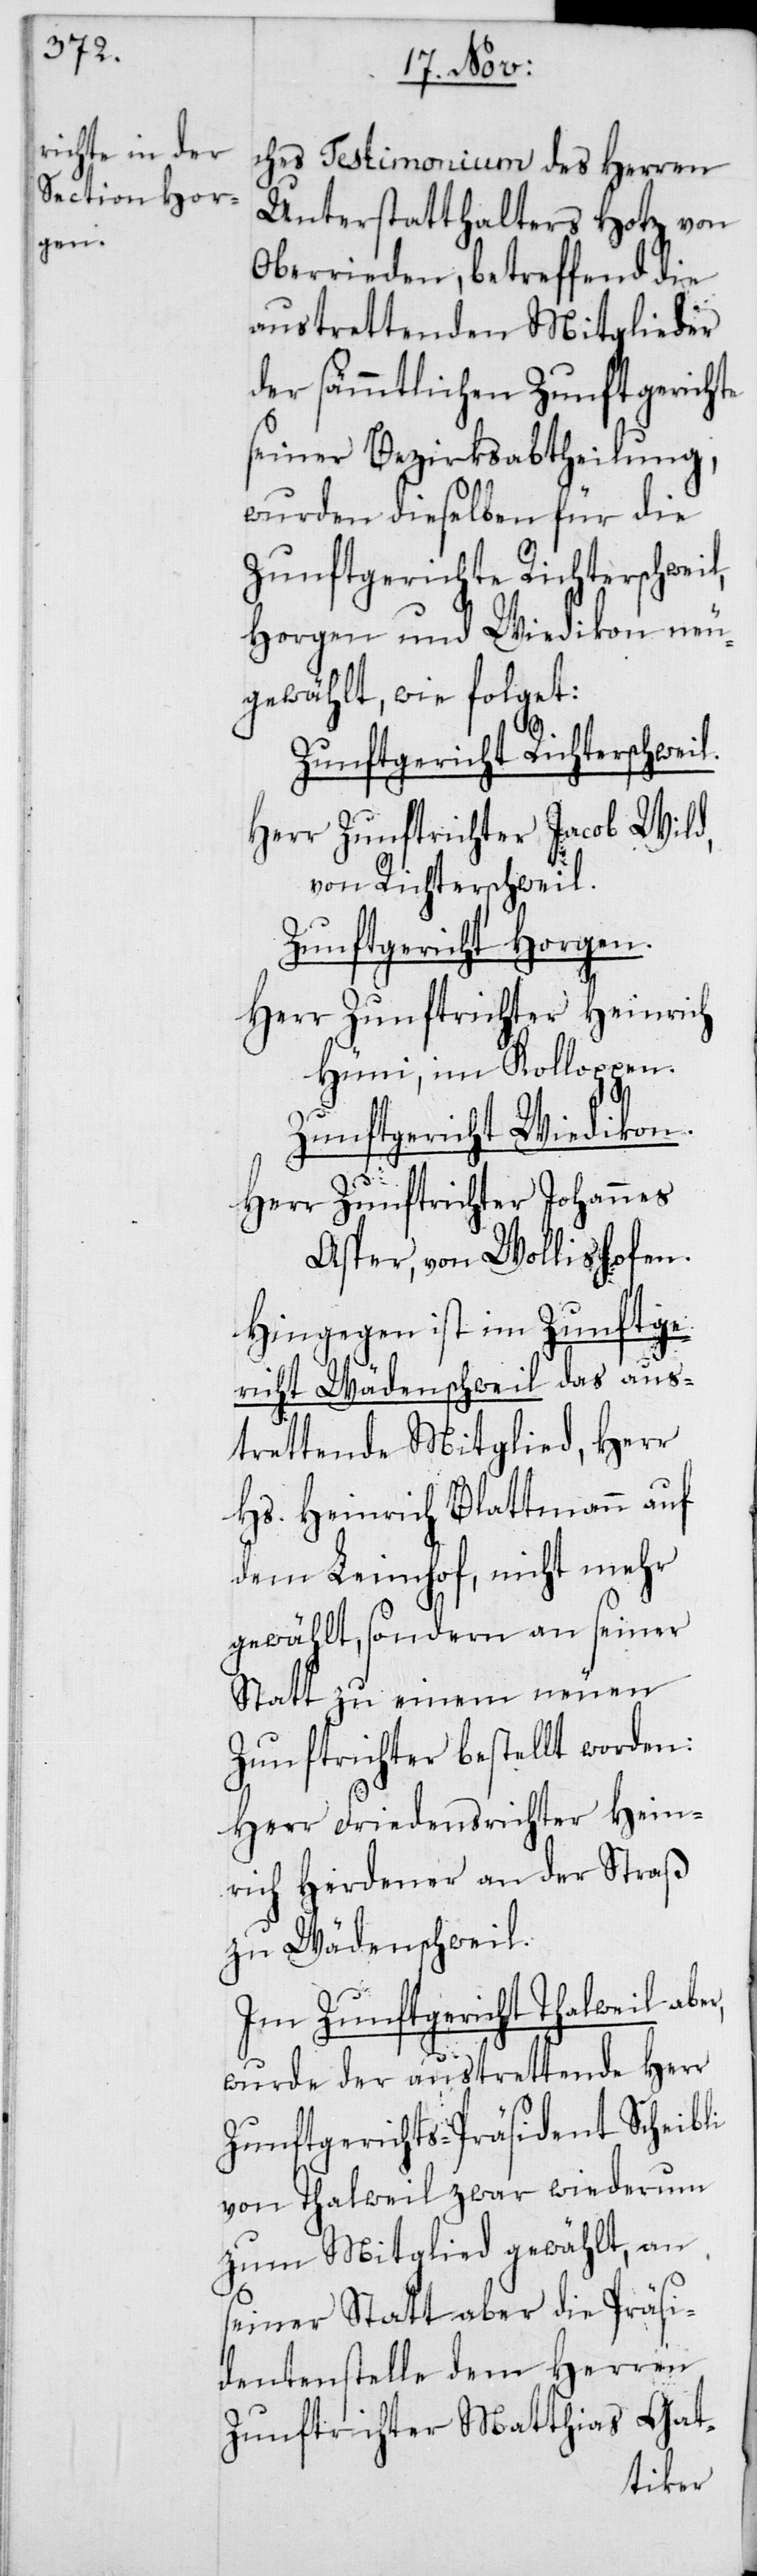
ches Testimonium des Herren
Unterstatthalters Hotz von
Oberrieden, betreffend die
austrettenden Mitglieder
der sämmtlichen Zunftgerichte
seiner Bezirksabtheilung,
wurden dieselben für die
Zunftgerichte Richterschweil,
Horgen und Wiedikon neu¬
gewählt, wie folget:
Zunftgericht Richterschweil.
Herr Zunftrichter Jacob Wild,
von Richterschweil.
Zunftgericht Horgen.
Herr Zunftrichter Heinrich
Hüni, von Kolloppen.
Zunftgericht Wiedikon.
Herr Zunftrichter Johannes
Asper, von Wollishofen.
Hingegen ist im Zunftge¬
richt Wädenschweil das aus¬
trettende Mitglied, Herr
Hs. Heinrich Blattmann auf
dem Leimhof, nicht mehr
gewählt, sondern an seiner
Statt zu einem neuen
Zunftrichter bestellt worden:
Herr Friedensrichter Hein¬
rich Herdener an der Straß
zu Wädenschweil.
Im Zunftgericht Thalweil aber,
wurde der austrettende Herr
Zunftgerichts-Präsident Scheibli
von Thalweil zwar wiederum
zum Mitglied gewählt, an
seiner Statt aber die Präsi¬
dentenstelle dem Herren
Zunftrichter Matthias Gat-